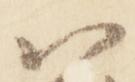
八